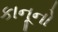
કાનૂનો